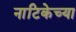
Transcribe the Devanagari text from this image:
नाटिकेच्या